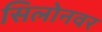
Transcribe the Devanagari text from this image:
सिलोनवर